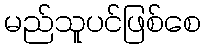
မည်သူပင်ဖြစ်စေ